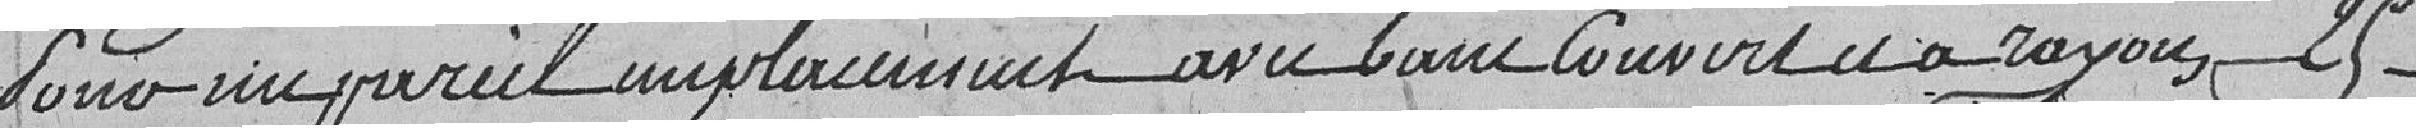
sous un pareil emplacement avec banc couvert et à rayons  ...... 25.00